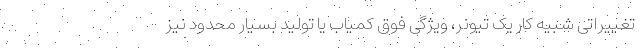
تغییراتی شبیه کار یک تیونر، ویژگی فوق کمیاب یا تولید بسیار محدود نیز